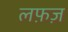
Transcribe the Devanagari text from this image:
लफ़ज़